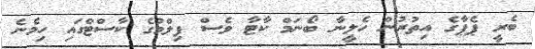
ބެރީ ޕެޕާގެ އިތުރުން ހެލީނާ ބޯނަމް ކާޓާ ވެސް ފިލްމުގެ ކާސްޓްގައި ހިމެނެ